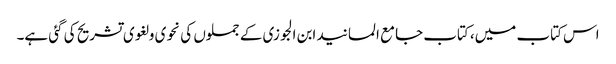
اس کتاب میں، کتاب جامع المسانید ابن الجوزی کے جملوں کی نحوی و لغوی تشریح کی گئی ہے۔